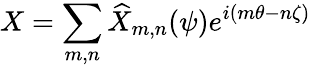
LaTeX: X=\sum_{m,n}\widehat{X}_{m,n}(\psi)e^{i(m\theta-n\zeta)}